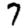
Digit: 7